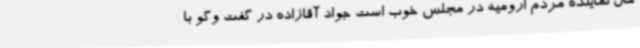
حال نماینده مردم ارومیه در مجلس خوب است جواد آقازاده در گفت وگو با